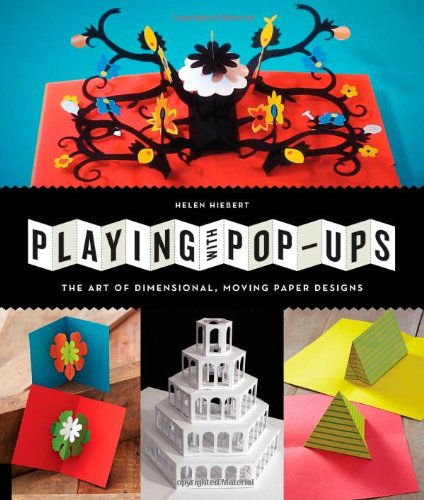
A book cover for Playing with Pop-ups: The Art of Dimensional, Moving Paper Designs; Helen Hiebert; Crafts, Hobbies & Home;